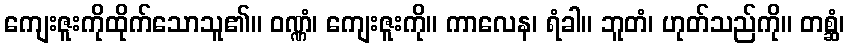
ကျေးဇူးကိုထိုက်သောသူ၏။ ဝဏ္ဏံ၊ ကျေးဇူးကို။ ကာလေန၊ ရံခါ။ ဘူတံ၊ ဟုတ်သည်ကို။ တစ္ဆံ၊